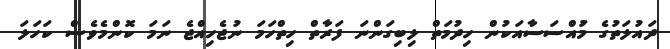
ދައުލަތުގެ މުައްސަސާއަކުން ހިދުމަތް ލިބިގަންނަ ފަރާތް ހިތްހަމަ ނުޖެހިއްޖެ ނަމަ ކޮންމެވެސް ކަހަލަ